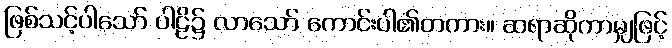
ဖြစ်သင့်ပါသော် ပါဠိ၌ လာသော် ကောင်းပါ၏တကား။ ဆရာဆိုကာမျှဖြင့်